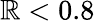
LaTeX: \mathbb{R}<0.8